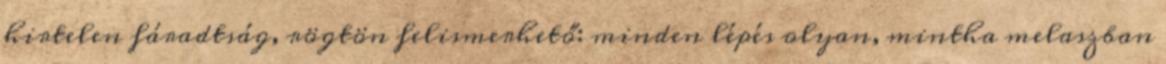
hirtelen fáradtság, rögtön felismerhető: minden lépés olyan, mintha melaszban